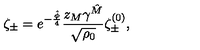
\zeta _ { \pm } = e ^ { - \frac { \hat { \phi } } { 4 } } \frac { z _ { M } \gamma ^ { \hat { M } } } { \sqrt { \rho _ { 0 } } } \zeta _ { \pm } ^ { ( 0 ) } ,